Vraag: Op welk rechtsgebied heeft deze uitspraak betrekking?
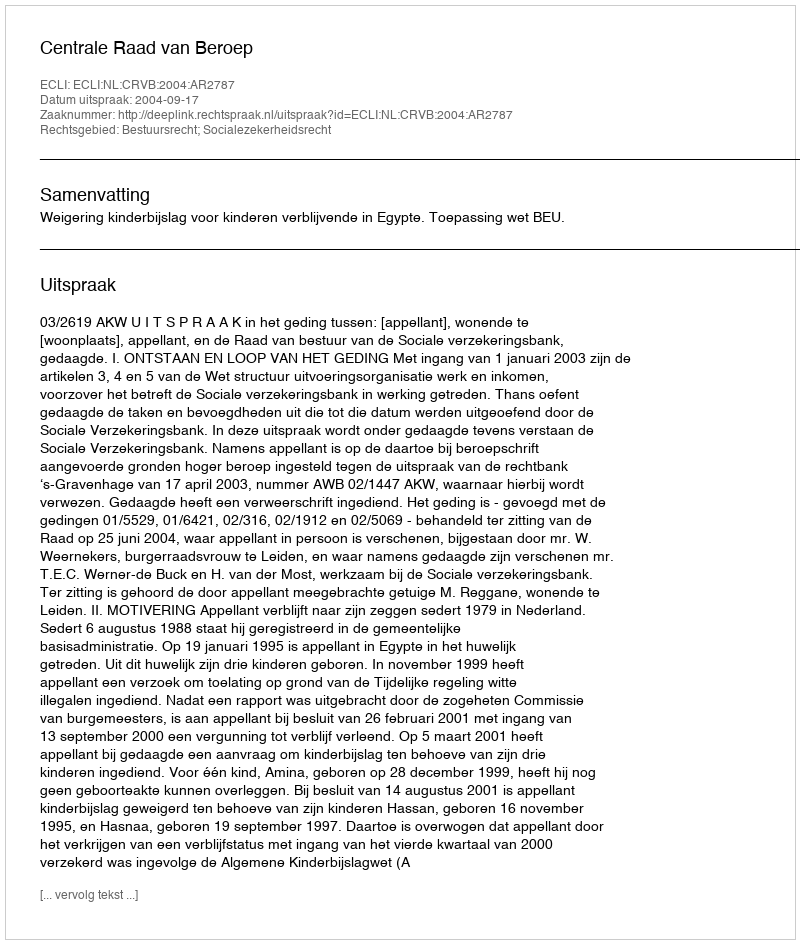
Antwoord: Bestuursrecht; Socialezekerheidsrecht